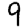
Digit: 9